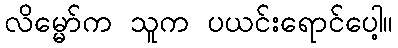
လိမ္မော်က သူက ပယင်းရောင်ပေါ့။